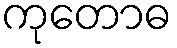
ကုတောဓ